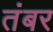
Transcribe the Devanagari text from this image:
तंबर